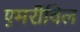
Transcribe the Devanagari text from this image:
एमरीविल